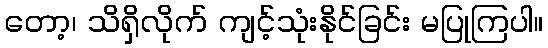
တော့၊ သိရှိလိုက် ကျင့်သုံးနိုင်ခြင်း မပြုကြပါ။